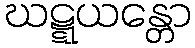
ဃဋ္ဋယန္တော